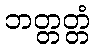
ဘတ္တတ္တံ